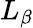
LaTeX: L_{\beta}